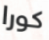
كورا